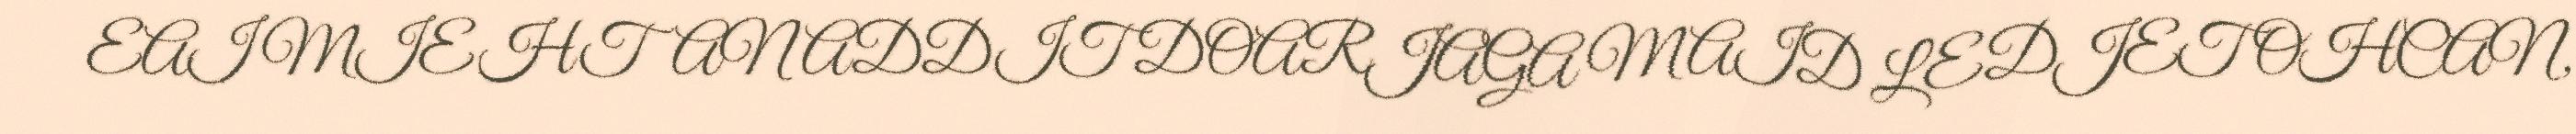
EAI MIEHTAN ADDIT DOARJAGA MAID LEDJET OHCAN,